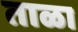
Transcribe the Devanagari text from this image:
ताळा